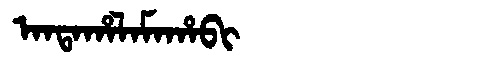
Manchu: ᠠᠨᡨᠠᡥᠠᠯᠠᠮᠠᡥᠠᠪᡳ
Romanization: ANTAHALAMAHABI